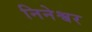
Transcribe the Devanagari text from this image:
निनेश्वर